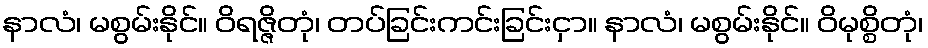
နာလံ၊ မစွမ်းနိုင်။ ဝိရဇ္ဇိတုံ၊ တပ်ခြင်းကင်းခြင်းငှာ။ နာလံ၊ မစွမ်းနိုင်။ ဝိမုစ္စိတုံ၊